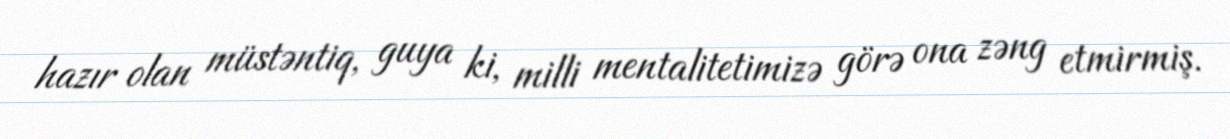
hazır olan müstəntiq, guya ki, milli mentalitetimizə görə ona zəng etmirmiş.